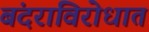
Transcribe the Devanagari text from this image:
बंदराविरोधात